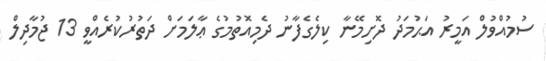
ސުމުއްވުލް އަމީރު އަޙުމަދު ދޮށިމޭނާ ކިލެގެފާނު ދެމިއޮތުމުގެ ޢާލަމަށް ދަތުރުކުރެއްވީ 13 ޖުމާދިލް